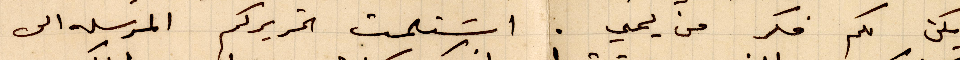
يكن لكن فكر من يمي. استلمت تحريركم المرسله الي